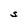
Character: S